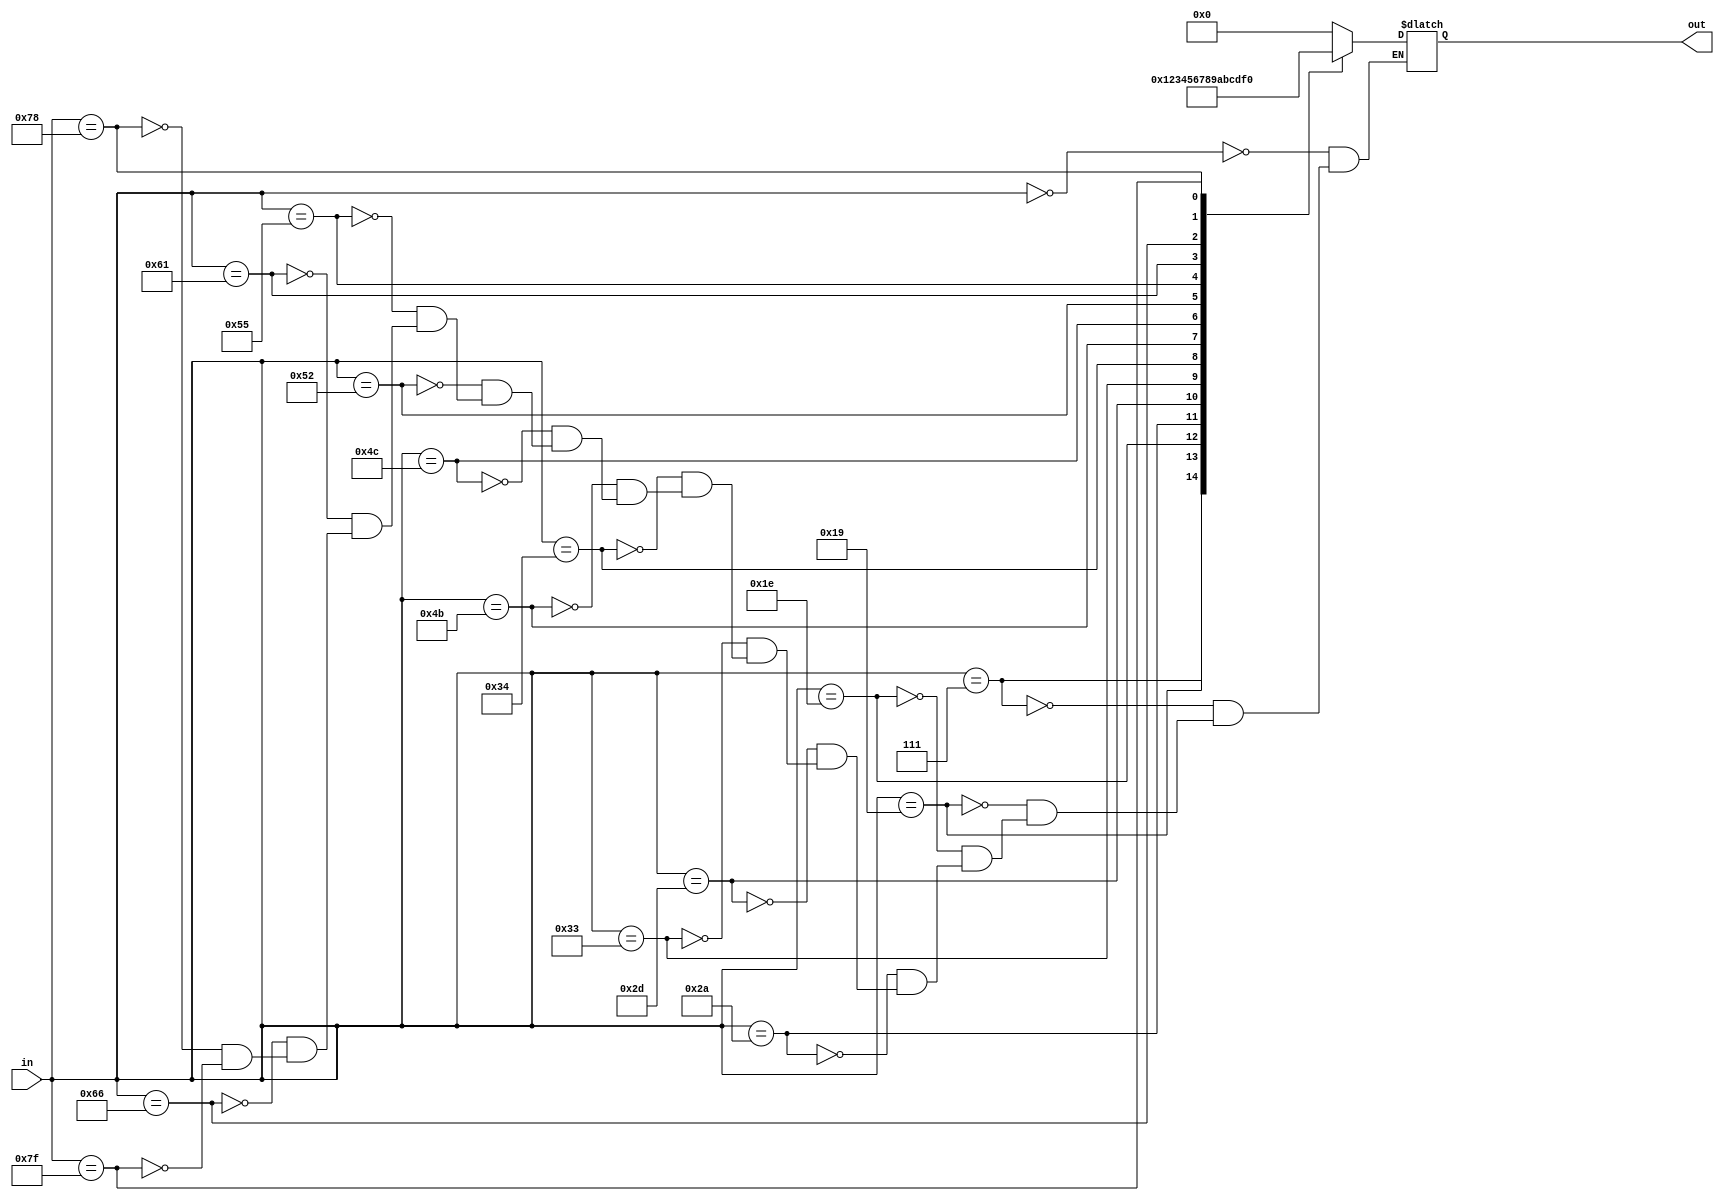
`timescale 1ns / 1ps
//////////////////////////////////////////////////////////////////////////////////
// Company: 
// Engineer: 
// 
// Design Name: 
// Module Name:    encoder 
// Project Name: 
// Target Devices: 
// Tool versions: 
// Description: 
//
// Dependencies: 
//
// Revision: 
// Revision 0.01 - File Created
// Additional Comments: 
//
//////////////////////////////////////////////////////////////////////////////////
module encoder(
    input [6:0] in,
    output reg [3:0] out
    );

always @*
case(in)
	7'b0000000: out = 4'd0;
	7'b0000111: out = 4'd1;
	7'b0011001: out = 4'd2;
	7'b0011110: out = 4'd3;
	7'b0101010: out = 4'd4;
	7'b0101101: out = 4'd5;
	7'b0110011: out = 4'd6;
	7'b0110100: out = 4'd7;
	7'b1001011: out = 4'd8;
	7'b1001100: out = 4'd9;
	7'b1010010: out = 4'd10;
	7'b1010101: out = 4'd11;
	7'b1100001: out = 4'd12;
	7'b1100110: out = 4'd13;
	7'b1111000: out = 4'd14;
	7'b1111111: out = 4'd15;
endcase

endmodule